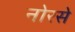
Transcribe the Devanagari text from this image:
नोरसे